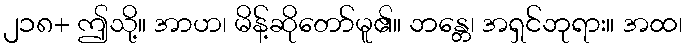
၂၁၈+ ဤသို့။ အာဟ၊ မိန့်ဆိုတော်မူ၏။ ဘန္တေ၊ အရှင်ဘုရား။ အထ၊